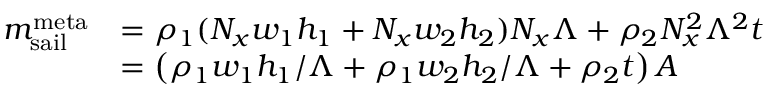
\begin{array} { r l } { m _ { \mathrm { s a i l } } ^ { \mathrm { m e t a } } } & { = \rho _ { 1 } ( N _ { x } w _ { 1 } h _ { 1 } + N _ { x } w _ { 2 } h _ { 2 } ) N _ { x } \Lambda + \rho _ { 2 } N _ { x } ^ { 2 } \Lambda ^ { 2 } t } \\ & { = \left( \rho _ { 1 } w _ { 1 } h _ { 1 } / \Lambda + \rho _ { 1 } w _ { 2 } h _ { 2 } / \Lambda + \rho _ { 2 } t \right) A } \end{array}